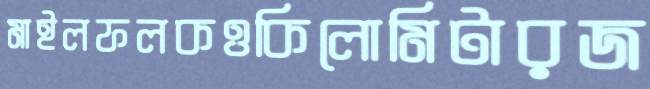
মাইলফলকওকিলোমিটারজ